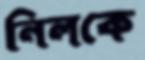
নিলকে